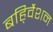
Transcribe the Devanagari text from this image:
बहि्र्वेशन